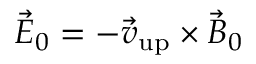
\vec { E } _ { 0 } = - \vec { v } _ { \mathrm { { u p } } } \times \vec { B } _ { 0 }